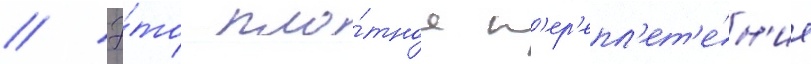
// Э́то пло́тное п'ер'епл'ет'е́н'ие